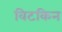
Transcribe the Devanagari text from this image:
विटकिन